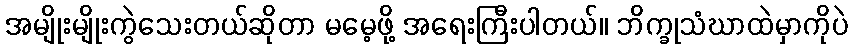
အမျိုးမျိုးကွဲသေးတယ်ဆိုတာ မမေ့ဖို့ အရေးကြီးပါတယ်။ ဘိက္ခုသံဃာထဲမှာကိုပဲ